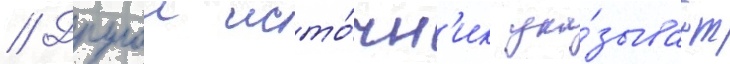
// Другои исто́чн'ик ука́зывает